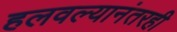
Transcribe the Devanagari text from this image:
हलवल्यानंतरही